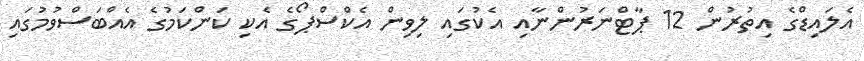
އެލައިޑްގެ އިތުރުން 12 ޕާޓްނަރުންނާއި އެކުގައި ލިވިން އެކްސްޕޯގެ އެކި ކަންކަމުގެ އެއްބަސްވުމުގައި